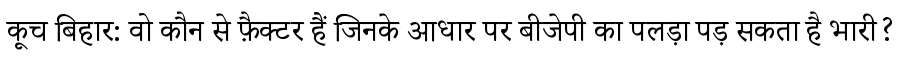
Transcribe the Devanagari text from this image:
कूच बिहार: वो कौन से फ़ैक्टर हैं जिनके आधार पर बीजेपी का पलड़ा पड़ सकता है भारी?